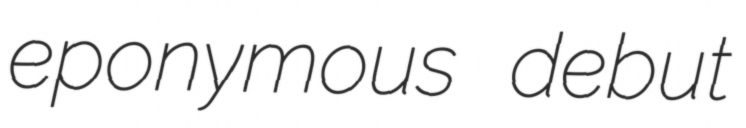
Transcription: eponymous debut